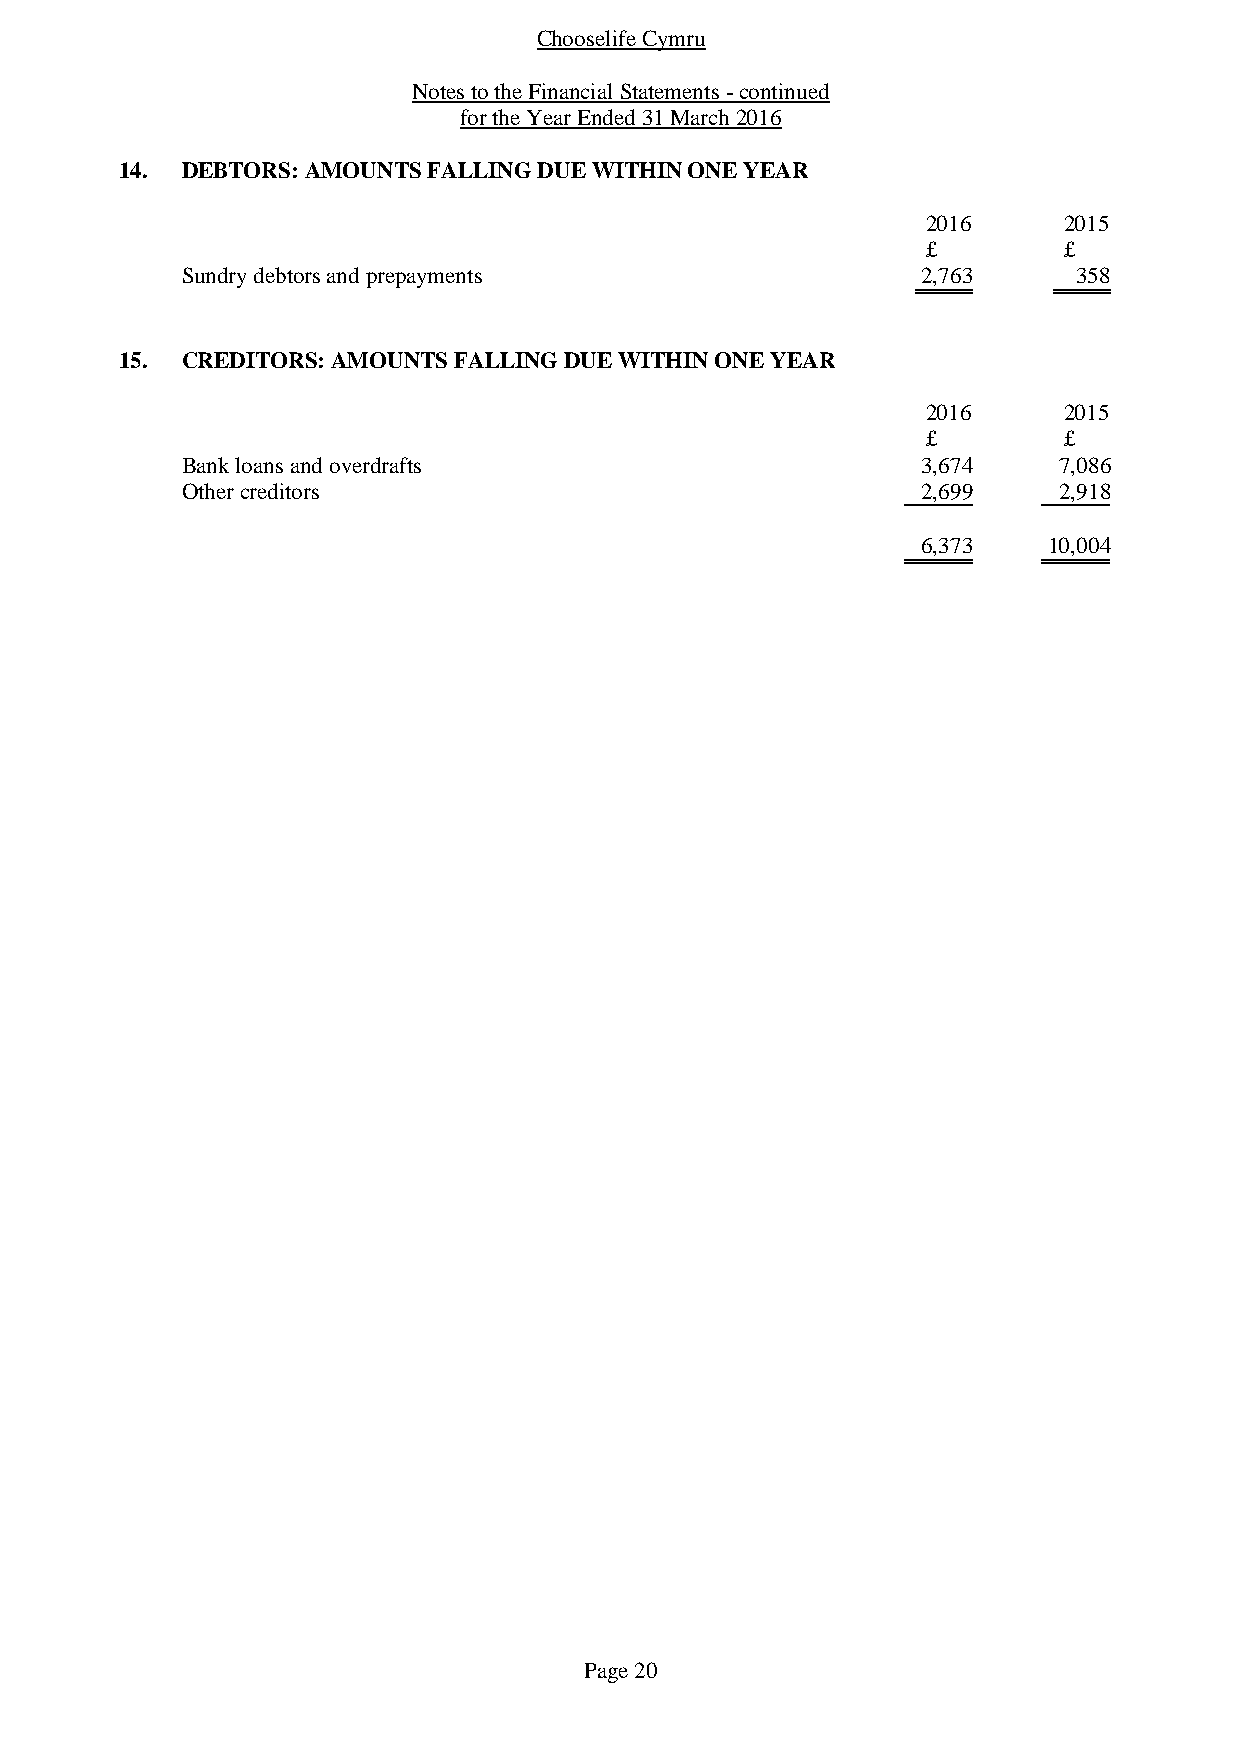
Chooselife Cymru
 Notes to the Financial Statements - continued
 for the Year Ended 31 March 2016
 14. DEBTORS: AMOUNTS FALLING DUE WITHIN ONE YEAR
 2016     2015
 £        £
 Sundry debtors and prepayments                   2,763     358
 15. CREDITORS: AMOUNTS FALLING DUE WITHIN ONE YEAR
 2016     2015
 £        £
 Bank loans and overdrafts                        3,674    7,086
 Other creditors                                  2,699    2,918
 6,373   10,004
 Page 20